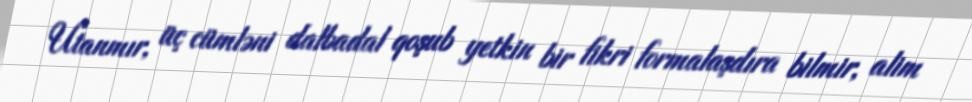
Utanmır, üç cümləni dalbadal qoşub yetkin bir fikri formalaşdıra bilmir, alim